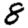
Digit: 8